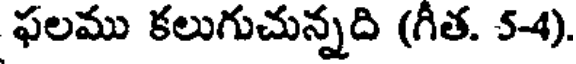
ఫలము కలుగుచున్నది (గీత. 54).